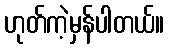
ဟုတ်ကဲ့မှန်ပါတယ်။